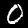
Label: 0